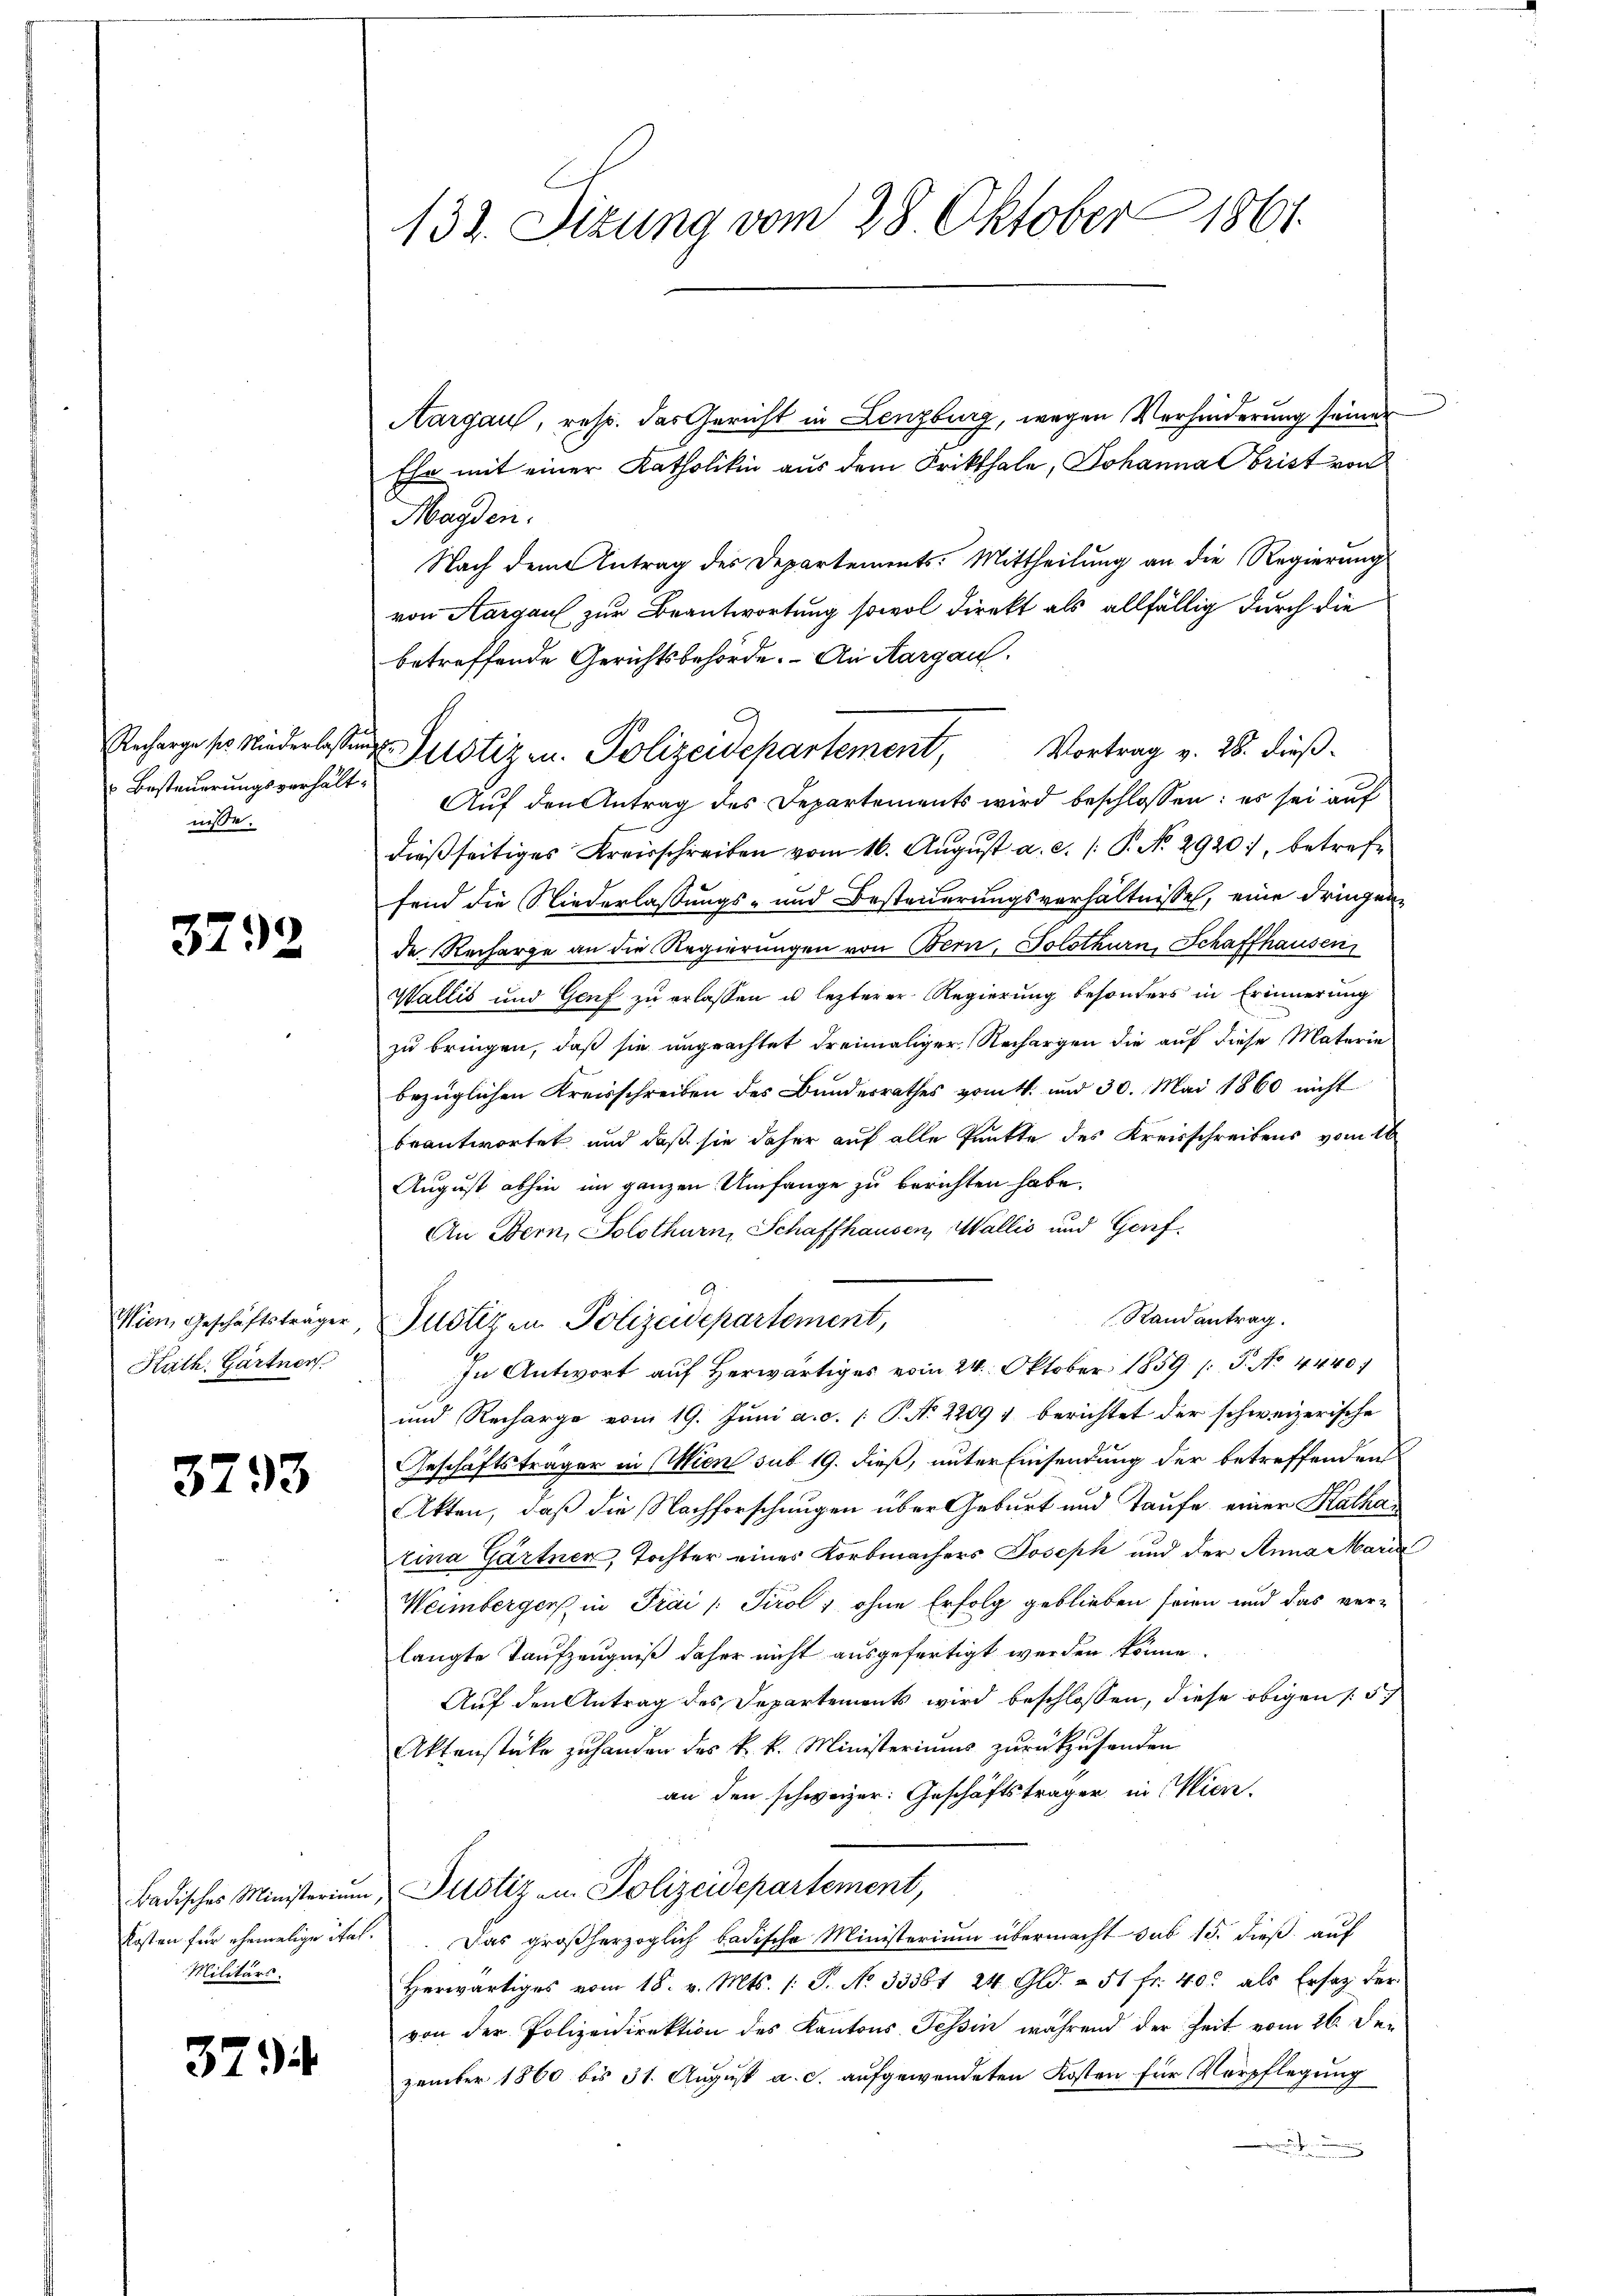
Besteuerungsverhältnisse.

3792

Wien, Geschäftsträger
Kath. Gärtner

3793

Militärs.

379

132. Sizung vom 28 Oktober 1861.

Ehr mit einer Katholiken aus dem Frikthale, Johanna Obrist von
Magden.
Nach dem Antrag des Departements-Mittheilung an die Regierŭng
von Aargau zur Beantwortung sowol direkt als allfällig durch die
betreffende Gerichtsbehörde. An Aargau.
Anherge ses Niederlassung Justiz u. Polizeidepartement, Vortrag v. 26. dieß.
Auf den Antrag des Departements wird beschlossen: es sei auf
dieβ seitiges Kreisschreiben vom 16. Aŭgŭst a. c. /: P. No. 2920), betreffend die Niederlassungs- und Besteuerungsverhältnisse, eine dringen
de Recharge an die Regierungen von Bern, Solothurn, Schaffhausen
Wallis und Genf zu erlassen u. lezterer Regierung besonders in Erinnerung
zu bringen, daß sie ungeachtet dreimaliger Rechargen die auf diese Materie
bezüglichen Kreisschreiben des Bundesrathes vom k. und 30. Mai 1860 nicht
beantwortet und daß sie daher auf alle Punkte des Kreisschreibens vom 16.
August abhin im ganzen Umfange zu berichten habe.
An Bern, Solothurn, Schaffhausen, Wallis und Genf
Randantrag.
Justizen Polizeidepartement,
In Antwort auf Herwärtiges vom 24. Oktober 1859. 1. J. No 4440.
und Recharge vom 19. Juni a. c. [ P. N. 22091 berichtet der schweizerische
Geschäftsträger in Wien sub 19. dieß, unter Einsendung der betreffenden
Akten, daß die Nachforschungen über Geburt und Taufe einer Kathatura Gärtner, Tochter eines Korbmachers Joseph und der Anna Maria
Weimbergers in Frai /: Tirol, ohne Erfolg geblieben seien und das verlangte Taufzeugniß daher nicht ausgefertigt werden könne.
Auf den Antrag des Departements wird beschlossen, diese obigen / 5.
Aktenstücke zuhanden des k. k. Ministeriums zurückzusenden
an den schweizer: Geschäftsträger in Viere.
Badisches Ministerium Justiz u. Polizeidepartement,
Kosten für ehemalige ital. Das großherzoglich badische Ministerium übermacht sub 15. dieß auf
Herwärtiges vom 18. v. Mts. 1. P. No 33381 24 Gld. – 51 fr. 40. als Ersatz der
von der Polizeidirektion des Kantons Tessin, während der Zeit vom 26. Sei
zember 1860 bis 31. August a. c. aufgewendeten Kosten für Verpflegung
.

Aargau, resp. das Gericht in Lenzburg, wegen Verhinderung seiner